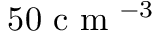
5 0 \mathrm { ~ c ~ m ~ } ^ { - 3 }